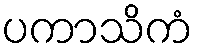
ပကာသိကံ